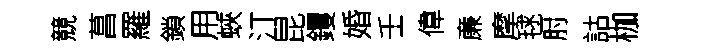
競菖羅鎖用蛺汀昆钁婚壬偉亷摩毬肘詁枷